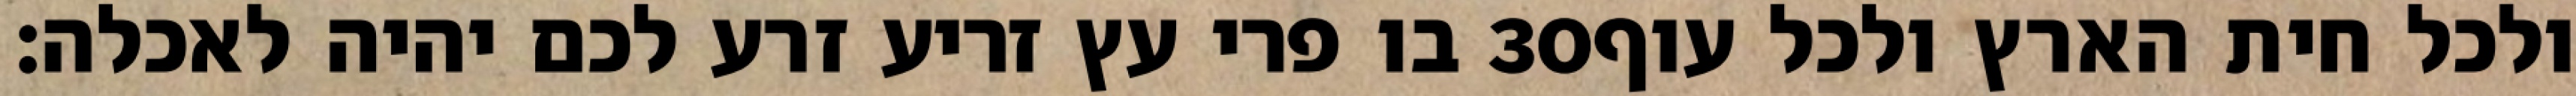
בו פרי עץ זריע זרע לכם יהיה לאכלה׃ ‎30‏ ולכל חית הארץ ולכל עוף